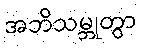
အဘိသမ္ဘုတွာ